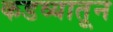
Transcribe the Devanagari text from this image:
कडव्यातून